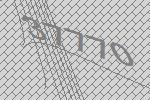
37770